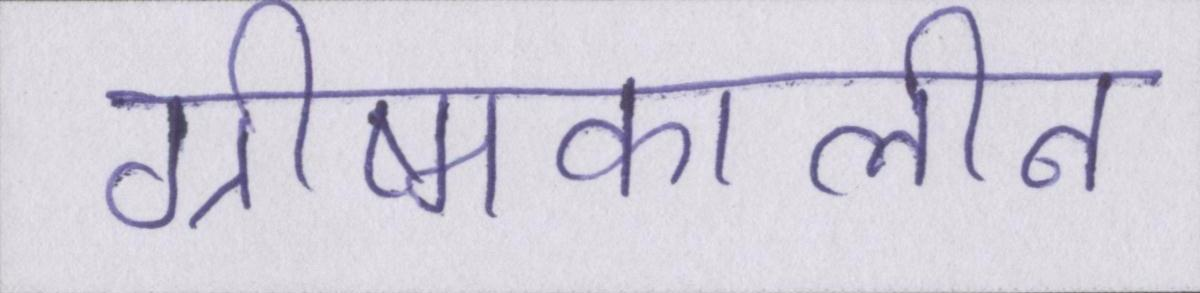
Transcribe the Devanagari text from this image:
ग्रीष्मकालीन